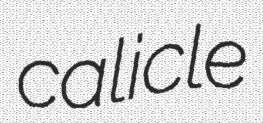
calicle